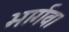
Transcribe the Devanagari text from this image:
भार्गव।